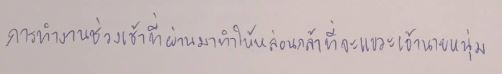
การทำงานช่วงเช้าที่ผ่านมาทำให้หล่อนกล้าที่จะแขวะเจ้านายหนุ่ม